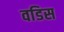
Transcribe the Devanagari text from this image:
वडिस